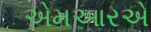
એમઆરએ